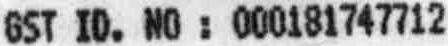
GST ID. NO : 000181747712